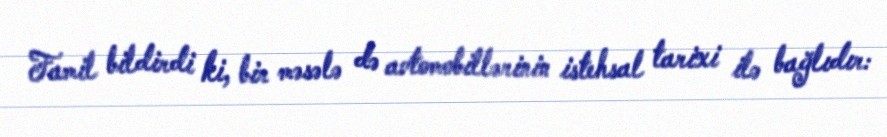
Famil bildirdi ki, bir məsələ də avtomobillərinin istehsal tarixi ilə bağlıdır: